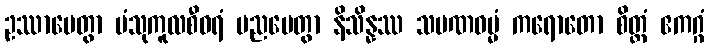
ဥဿာပေတွာ ပံသုကူလစီဝရံ ပညပေတွာ နိသိန္နဿ သမဏဓမ္မံ ကရောတော စိတ္တံ ဧကဂ္ဂံ